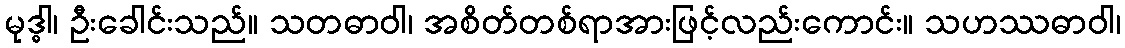
မုဒ္ဓါ၊ ဦးခေါင်းသည်။ သတဓာဝါ၊ အစိတ်တစ်ရာအားဖြင့်လည်းကောင်း။ သဟဿဓာဝါ၊